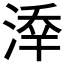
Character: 𣸖